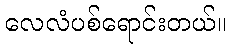
လေလံပစ်ရောင်းတယ်။